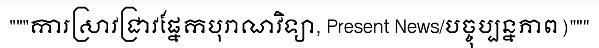
"""ការស្រាវជ្រាវផ្នែកបុរាណវិទ្យា, Present News/បច្ចុប្បន្នភាព)"""